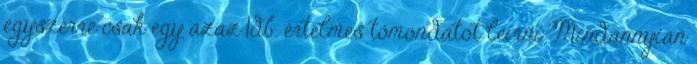
egyszerre csak egy azaz 1db. értelmes tőmondatot leírni Mindannyian